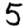
Digit: 5